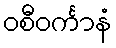
ဝစီဝင်္ကာနံ